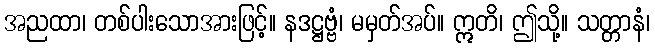
အညထာ၊ တစ်ပါးသောအားဖြင့်။ နဒဋ္ဌဗ္ဗံ၊ မမှတ်အပ်။ ဣတိ၊ ဤသို့။ သတ္တာနံ၊